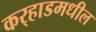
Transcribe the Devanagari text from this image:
कर्‍हाडमधील